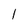
Character: 1